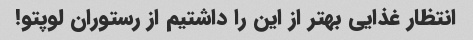
انتظار غذایی بهتر از این را داشتیم از رستوران لوپتو!